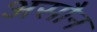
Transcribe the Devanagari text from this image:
असौन